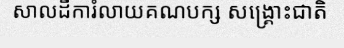
សាលដីការំលាយគណបក្ស សង្គ្រោះជាតិ